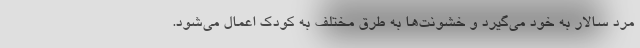
مرد سالار به خود می‌گیرد و خشونت‌ها به طرق مختلف به کودک اعمال می‌شود.